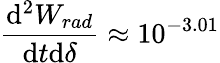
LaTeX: \frac{\mathrm{d}^{2}W_{rad}}{\mathrm{d}t\mathrm{d}\delta}\approx 10^{-3.01}